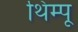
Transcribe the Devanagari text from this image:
थिम्पू